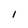
Character: I